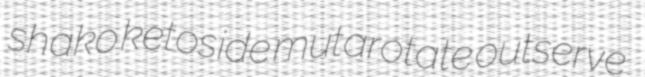
shako ketoside mutarotate outserve